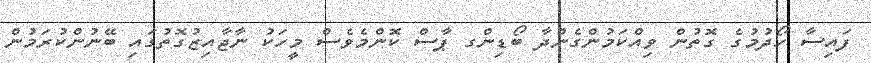
ފައިސާ ހޯދުމުގެ ގޮތުން ވިއްކަމުންގެންދާ ބޯޑިންގ ޕާސް ކޮންމެވެސް މީހަކު ނާޖާއިޒުގޮތުގައި ބޭނުންކުރަމުން